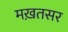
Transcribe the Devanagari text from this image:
मख़तसर